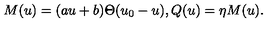
M ( u ) = ( a u + b ) \Theta ( u _ { 0 } - u ) , Q ( u ) = \eta M ( u ) .